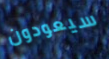
سيعودون